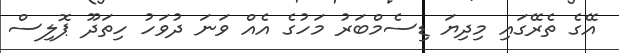
އޭގެ ތެރޭގައި މިދިޔަ ޑިސެމްބަރު މަހުގެ އެއް ވަނަ ދުވަހު ހިތަދޫ ޕޮލިސް